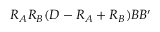
R _ { A } R _ { B } ( D - R _ { A } + R _ { B } ) B B ^ { \prime }